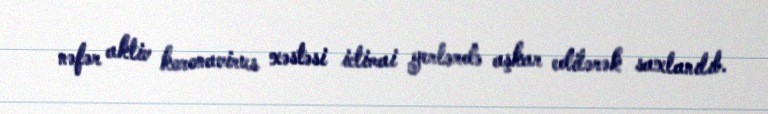
nəfər aktiv koronavirus xəstəsi ictimai yerlərdə aşkar edilərək saxlanılıb.